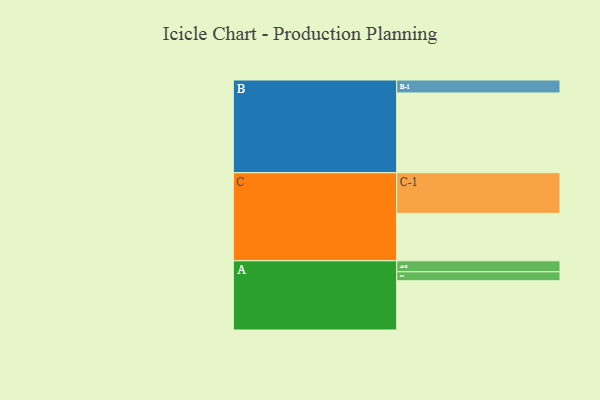
{"axis": {"x": "Segment", "y": "Value"}, "legend": ["", "A", "B", "C"], "data": [{"x": "A", "y": 350, "type": ""}, {"x": "B", "y": 566, "type": ""}, {"x": "C", "y": 337, "type": ""}, {"x": "A-1", "y": 63, "type": "A"}, {"x": "A-2", "y": 78, "type": "A"}, {"x": "B-1", "y": 92, "type": "B"}, {"x": "C-1", "y": 288, "type": "C"}]}